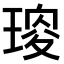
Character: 𤧯